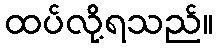
ထပ်လို့ရသည်။